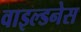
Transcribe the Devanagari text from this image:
वाइल्डनेस